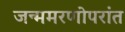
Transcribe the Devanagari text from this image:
जन्ममरणोपरांत